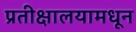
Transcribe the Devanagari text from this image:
प्रतीक्षालयामधून